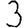
Digit: 3